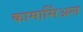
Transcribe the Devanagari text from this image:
कामार्सिअल